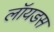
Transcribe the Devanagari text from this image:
लॉयडस